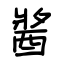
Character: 醬